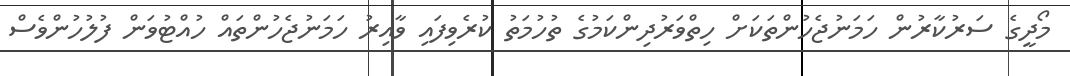
މޯދީގެ ސަރުކާރުން ހަމަނުޖެހުންތަކަށް ހިތްވަރުދިންކަމުގެ ތުހުމަތު ކުރެވިފައި ވާއިރު ހަމަނުޖެހުންތައް ހުއްޓުވަން ފުލުހުންވެސް